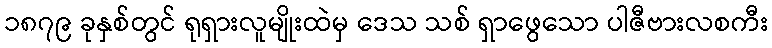
၁၈၇၉ ခုနှစ်တွင် ရုရှားလူမျိုးထဲမှ ဒေသ သစ် ရှာဖွေသော ပါဇီဗားလစကီး